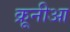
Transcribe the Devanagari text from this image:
क्रूनीआ